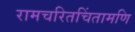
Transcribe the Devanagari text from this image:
रामचरितचिंतामणि